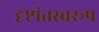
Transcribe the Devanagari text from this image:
दृष्टांतस्वरूप